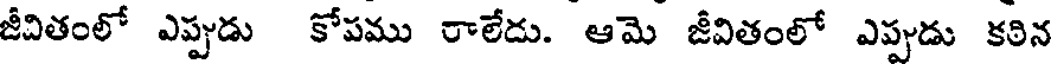
జీవితంలో ఎప్పుడు కోపము రాలేదు. ఆమె జీవితంలో ఎప్పుడు కఠిన